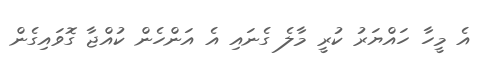
އެ މީހާ ހައްޔަރު ކުރީ މާލެ ގެނައި އެ އަންހެން ކުއްޖާ ގޮވައިގެން